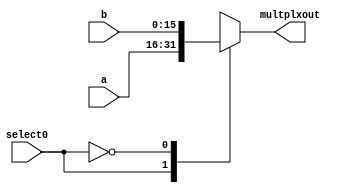
// Connor Humiston
// ECEN2350
// University of Colorado, Boulder
// Project 2

module Multiplexer(a, b, select0, multplxout);
	input [15:0] a, b;
	input select0;
	output reg [15:0] multplxout;

	always @ (select0)
		case ({select0})
		1'b1: multplxout = a;
		1'b0: multplxout = b;
	endcase
endmodule